Senior Leaving Certificate Examination (including Day School Certificate (Higher) General paper), 1947
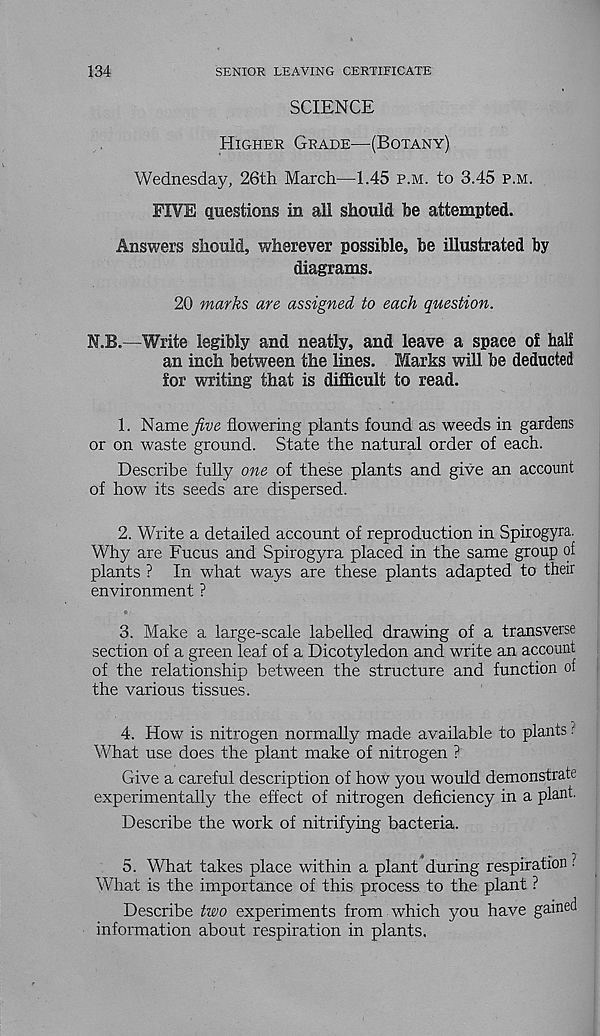
134
SENIOR LEAVING CERTIFICATE
SCIENCE
Higher Grade—(Botany)
Wednesday, 26th March—1.45 p.m. to 3.45 p.m.
FIVE questions in all should be attempted.
Answers should, wherever possible, be illustrated by
diagrams.
20 marks are assigned to each question.
N.B.—Write legibly and neatly, and leave a space of half
an inch between the lines. Marks will be deducted
for writing that is difficult to read.
1. Name five flowering plants found as weeds in gardens
or on waste ground. State the natural order of each.
Describe fully one of these plants and give an account
of how its seeds are dispersed.
2. Write a detailed account of reproduction in Spirogyra.
Why are Fucus and Spirogyra placed in the same group of
plants ? In what ways are these plants adapted to their
environment ?
3. Make a large-scale labelled drawing of a transverse
section of a green leaf of a Dicotyledon and write an account
of the relationship between the structure and function of
the various tissues.
4. How is nitrogen normally made available to plants ?
What use does the plant make of nitrogen ?
Give a careful description of how you would demonstrate
experimentally the effect of nitrogen deficiency in a plant.
Describe the work of nitrifying bacteria.
5. What takes place within a plant during respiration ?
What is the importance of this process to the plant ?
Describe two experiments from which you have gained
information about respiration in plants.